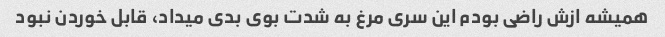
همیشه ازش راضی بودم این سری مرغ به شدت بوی بدی میداد، قابل خوردن نبود